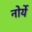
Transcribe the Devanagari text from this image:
नोर्ये